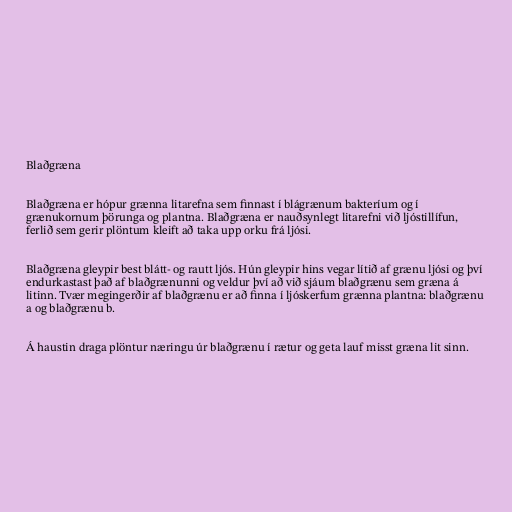
Blaðgræna

Blaðgræna er hópur grænna litarefna sem finnast í blágrænum bakteríum og í
grænukornum þörunga og plantna. Blaðgræna er nauðsynlegt litarefni við ljóstillífun,
ferlið sem gerir plöntum kleift að taka upp orku frá ljósi.

Blaðgræna gleypir best blátt- og rautt ljós. Hún gleypir hins vegar lítið af grænu ljósi og því
endurkastast það af blaðgrænunni og veldur því að við sjáum blaðgrænu sem græna á
litinn. Tvær megingerðir af blaðgrænu er að finna í ljóskerfum grænna plantna: blaðgrænu
a og blaðgrænu b.

Á haustin draga plöntur næringu úr blaðgrænu í rætur og geta lauf misst græna lit sinn.